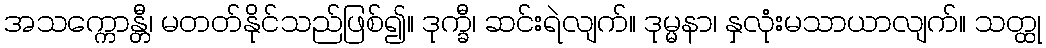
အသက္ကောန္တီ၊ မတတ်နိုင်သည်ဖြစ်၍။ ဒုက္ခီ၊ ဆင်းရဲလျက်။ ဒုမ္မနာ၊ နှလုံးမသာယာလျက်။ သတ္ထု